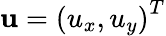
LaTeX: \textbf{u}=\left(u_{x},u_{y}\right)^{T}